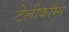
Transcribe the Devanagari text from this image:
टेलीकॉम्स